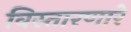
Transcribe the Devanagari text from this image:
विस्तारणारे